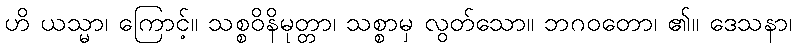
ဟိ ယသ္မာ၊ ကြောင့်။ သစ္စဝိနိမုတ္တာ၊ သစ္စာမှ လွတ်သော။ ဘဂဝတော၊ ၏။ ဒေသနာ၊